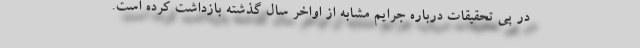
در پی تحقیقات درباره جرایم مشابه از اواخر سال گذشته بازداشت کرده است.